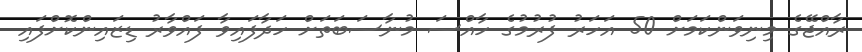
ރާއްޖޭގެ މިނިވަންކަމަށް 50 އަހަރު ފުރުމުގެ ހާއްސަ މުނާސަބަތަށް ހަދާފައިވާ ފައްވާރު ޑިޒައިންކޮށްފައި